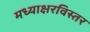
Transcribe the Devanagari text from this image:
मध्याक्षरविस्तर